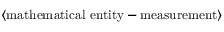
\langle \mathrm { m a t h e m a t i c a l ~ e n t i t y - m e a s u r e m e n t } \rangle